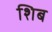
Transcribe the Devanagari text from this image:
शिब